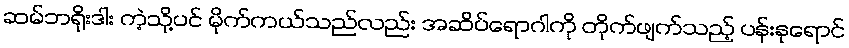
ဆမ်ဘရိုးဒါး ကဲ့သို့ပင် မိုက်ကယ်သည်လည်း အဆိပ်ရောဂါကို တိုက်ဖျက်သည့် ပန်းနုရောင်